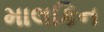
માલકિન